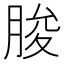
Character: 脧